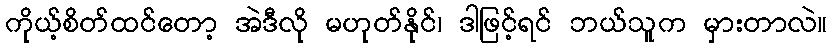
ကိုယ့်စိတ်ထင်တော့ အဲဒီလို မဟုတ်နိုင်၊ ဒါဖြင့်ရင် ဘယ်သူက မှားတာလဲ။